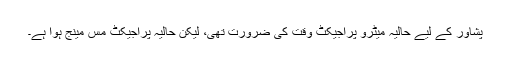
پشاور کے لیے حالیہ میٹرو پراجیکٹ وقت کی ضرورت تھی، لیکن حالیہ پراجیکٹ مس مینج ہوا ہے۔